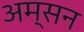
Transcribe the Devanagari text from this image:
अम्सन